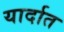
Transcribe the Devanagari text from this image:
यार्दात